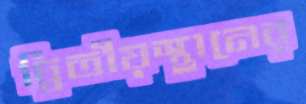
দ্বিতীয়স্থানের